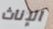
الإناث